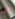
انا